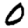
Digit: 0